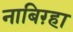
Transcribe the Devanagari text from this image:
नाबिग़्हा